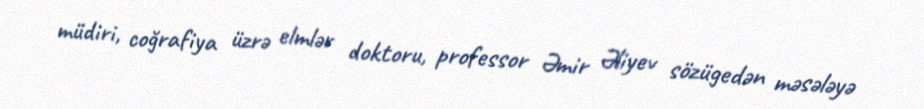
müdiri, coğrafiya üzrə elmlər doktoru, professor Əmir Əliyev sözügedən məsələyə